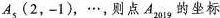
A_{5}(2，-1)，…，则点A_{2019}的坐标